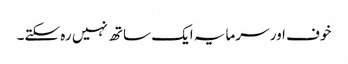
خوف اور سرمایہ ایک ساتھ نہیں رہ سکتے۔